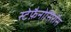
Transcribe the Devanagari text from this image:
स्टेफ़ैनोसिरॉस